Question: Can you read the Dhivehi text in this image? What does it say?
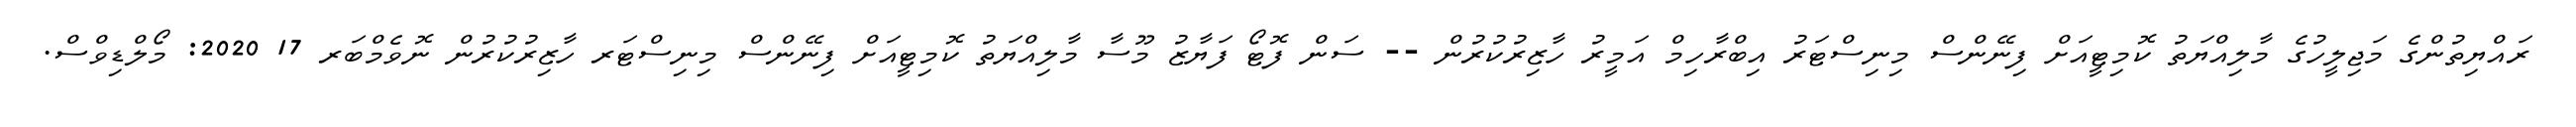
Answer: ރައްޔިތުންގެ މަޖިލީހުގެ މާލިއްޔަތު ކޮމިޓީއަށް ފިނޭންސް މިނިސްޓަރު އިބްރާހިމް އަމީރު ހާޒިރުކުރުން -- ސަން ފޮޓޯ ފަޔާޒު މޫސާ މާލިއްޔަތު ކޮމިޓީއަށް ފިނޭންސް މިނިސްޓަރ ހާޒިރުކުރުން ނޮވެމްބަރ 17 2020: މޯލްޑިވްސް.